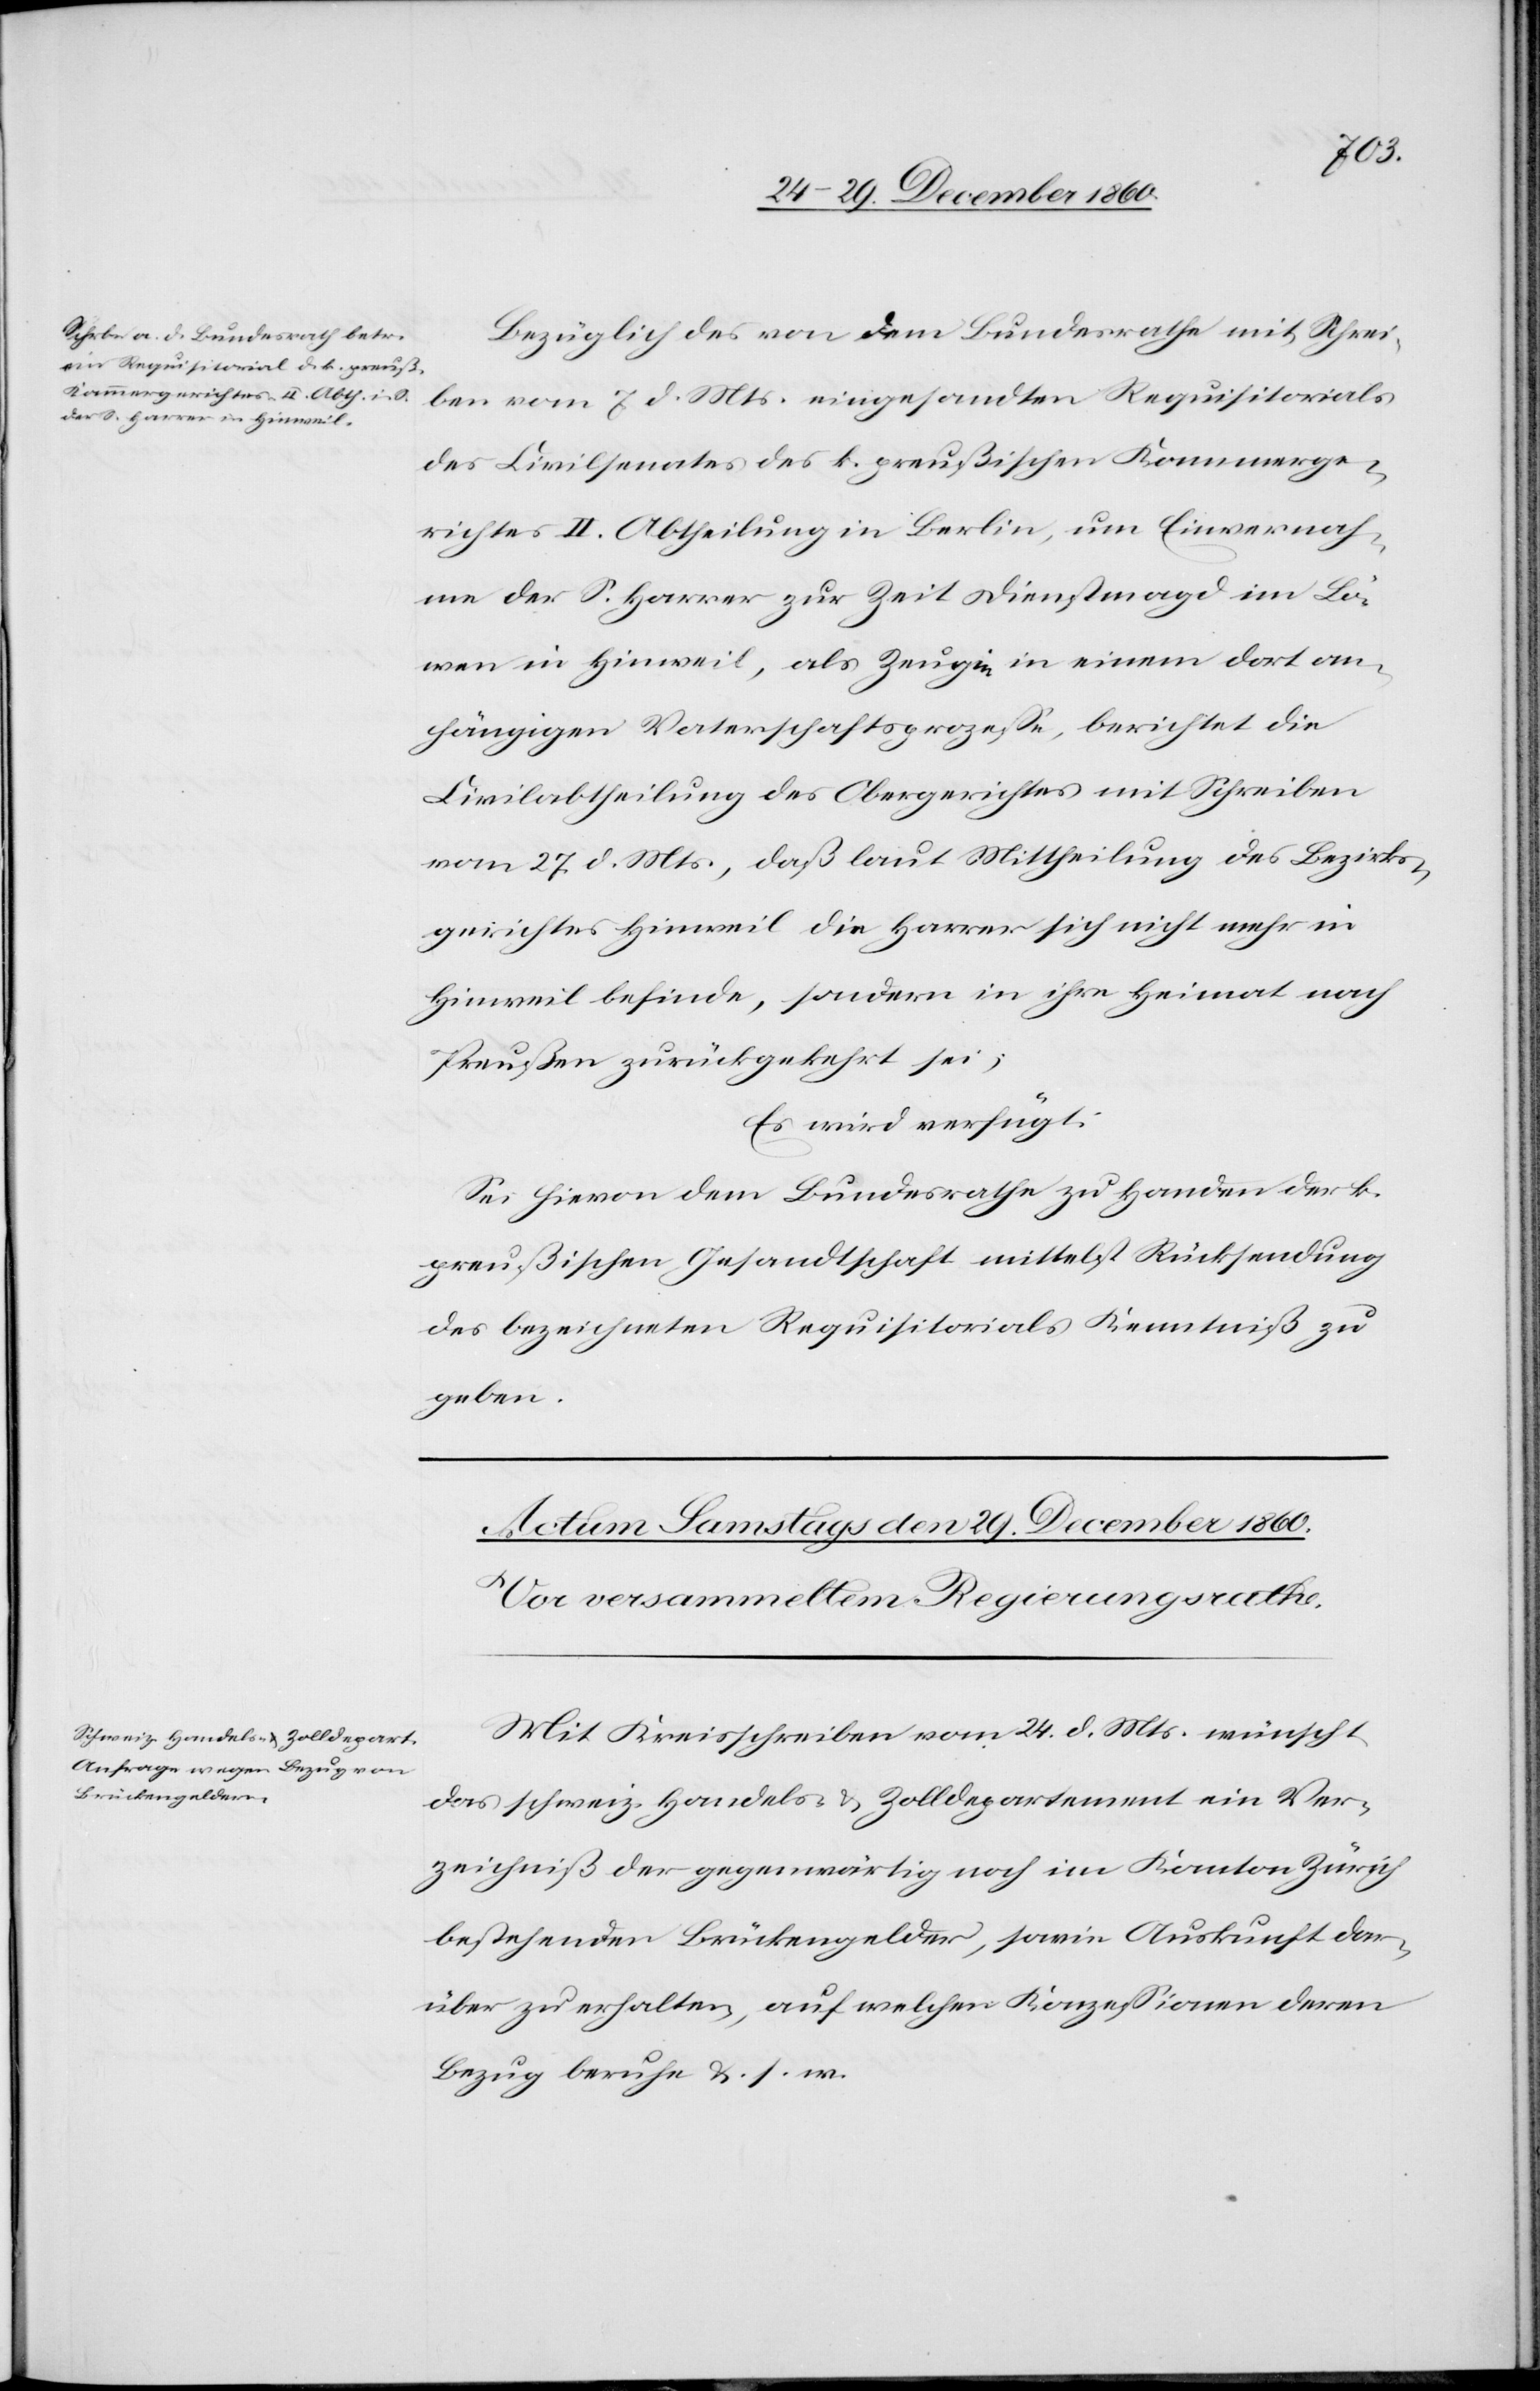
den 27. December 1860.]
Bezüglich des von dem Bundesrathe mit Schrei¬
ben vom 7. d. Mts. eingesandten Requisitorials
des Civilsenates des k. preußischen Kammerge¬
richtes II. Abtheilung in Berlin, um Einvernah¬
me der S. Harrer zur Zeit Dienstmagd im Lö¬
wen in Hinweil, als Zeugin in einem dort an¬
hängigen Vaterschaftsprozesse, berichtet die
Civilabtheilung des Obergerichtes mit Schreiben
vom 27. d. Mts., daß laut Mittheilung des Bezirks¬
gerichtes Hinweil die Harrer sich nicht mehr in
Hinweil befinde, sondern in ihre Heimat nach
Preußen zurückgekehrt sei.
Es wird verfügt:
Sei hievon dem Bundesrathe zu Handen der k.
preußischen Gesandtschaft mittelst Rücksendung
des bezeichneten Requisitorials Kenntniß zu
geben.
Mit Kreisschreiben vom 24. d. Mts. wünscht
das schweiz. Handels- u. Zolldepartement ein Ver¬
zeichniß der gegenwärtig noch im Kanton Zürich
bestehenden Brückengelder, sowie Auskunft dar¬
über zu erhalten, auf welchen Konzessionen deren
Bezug beruhe u. s. w.